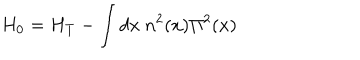
H _ { 0 } = H _ { T } - \int d x ~ n ^ { 2 } ( x ) \Pi ^ { 2 } ( x )